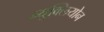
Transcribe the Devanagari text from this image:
न्युक्लियोन